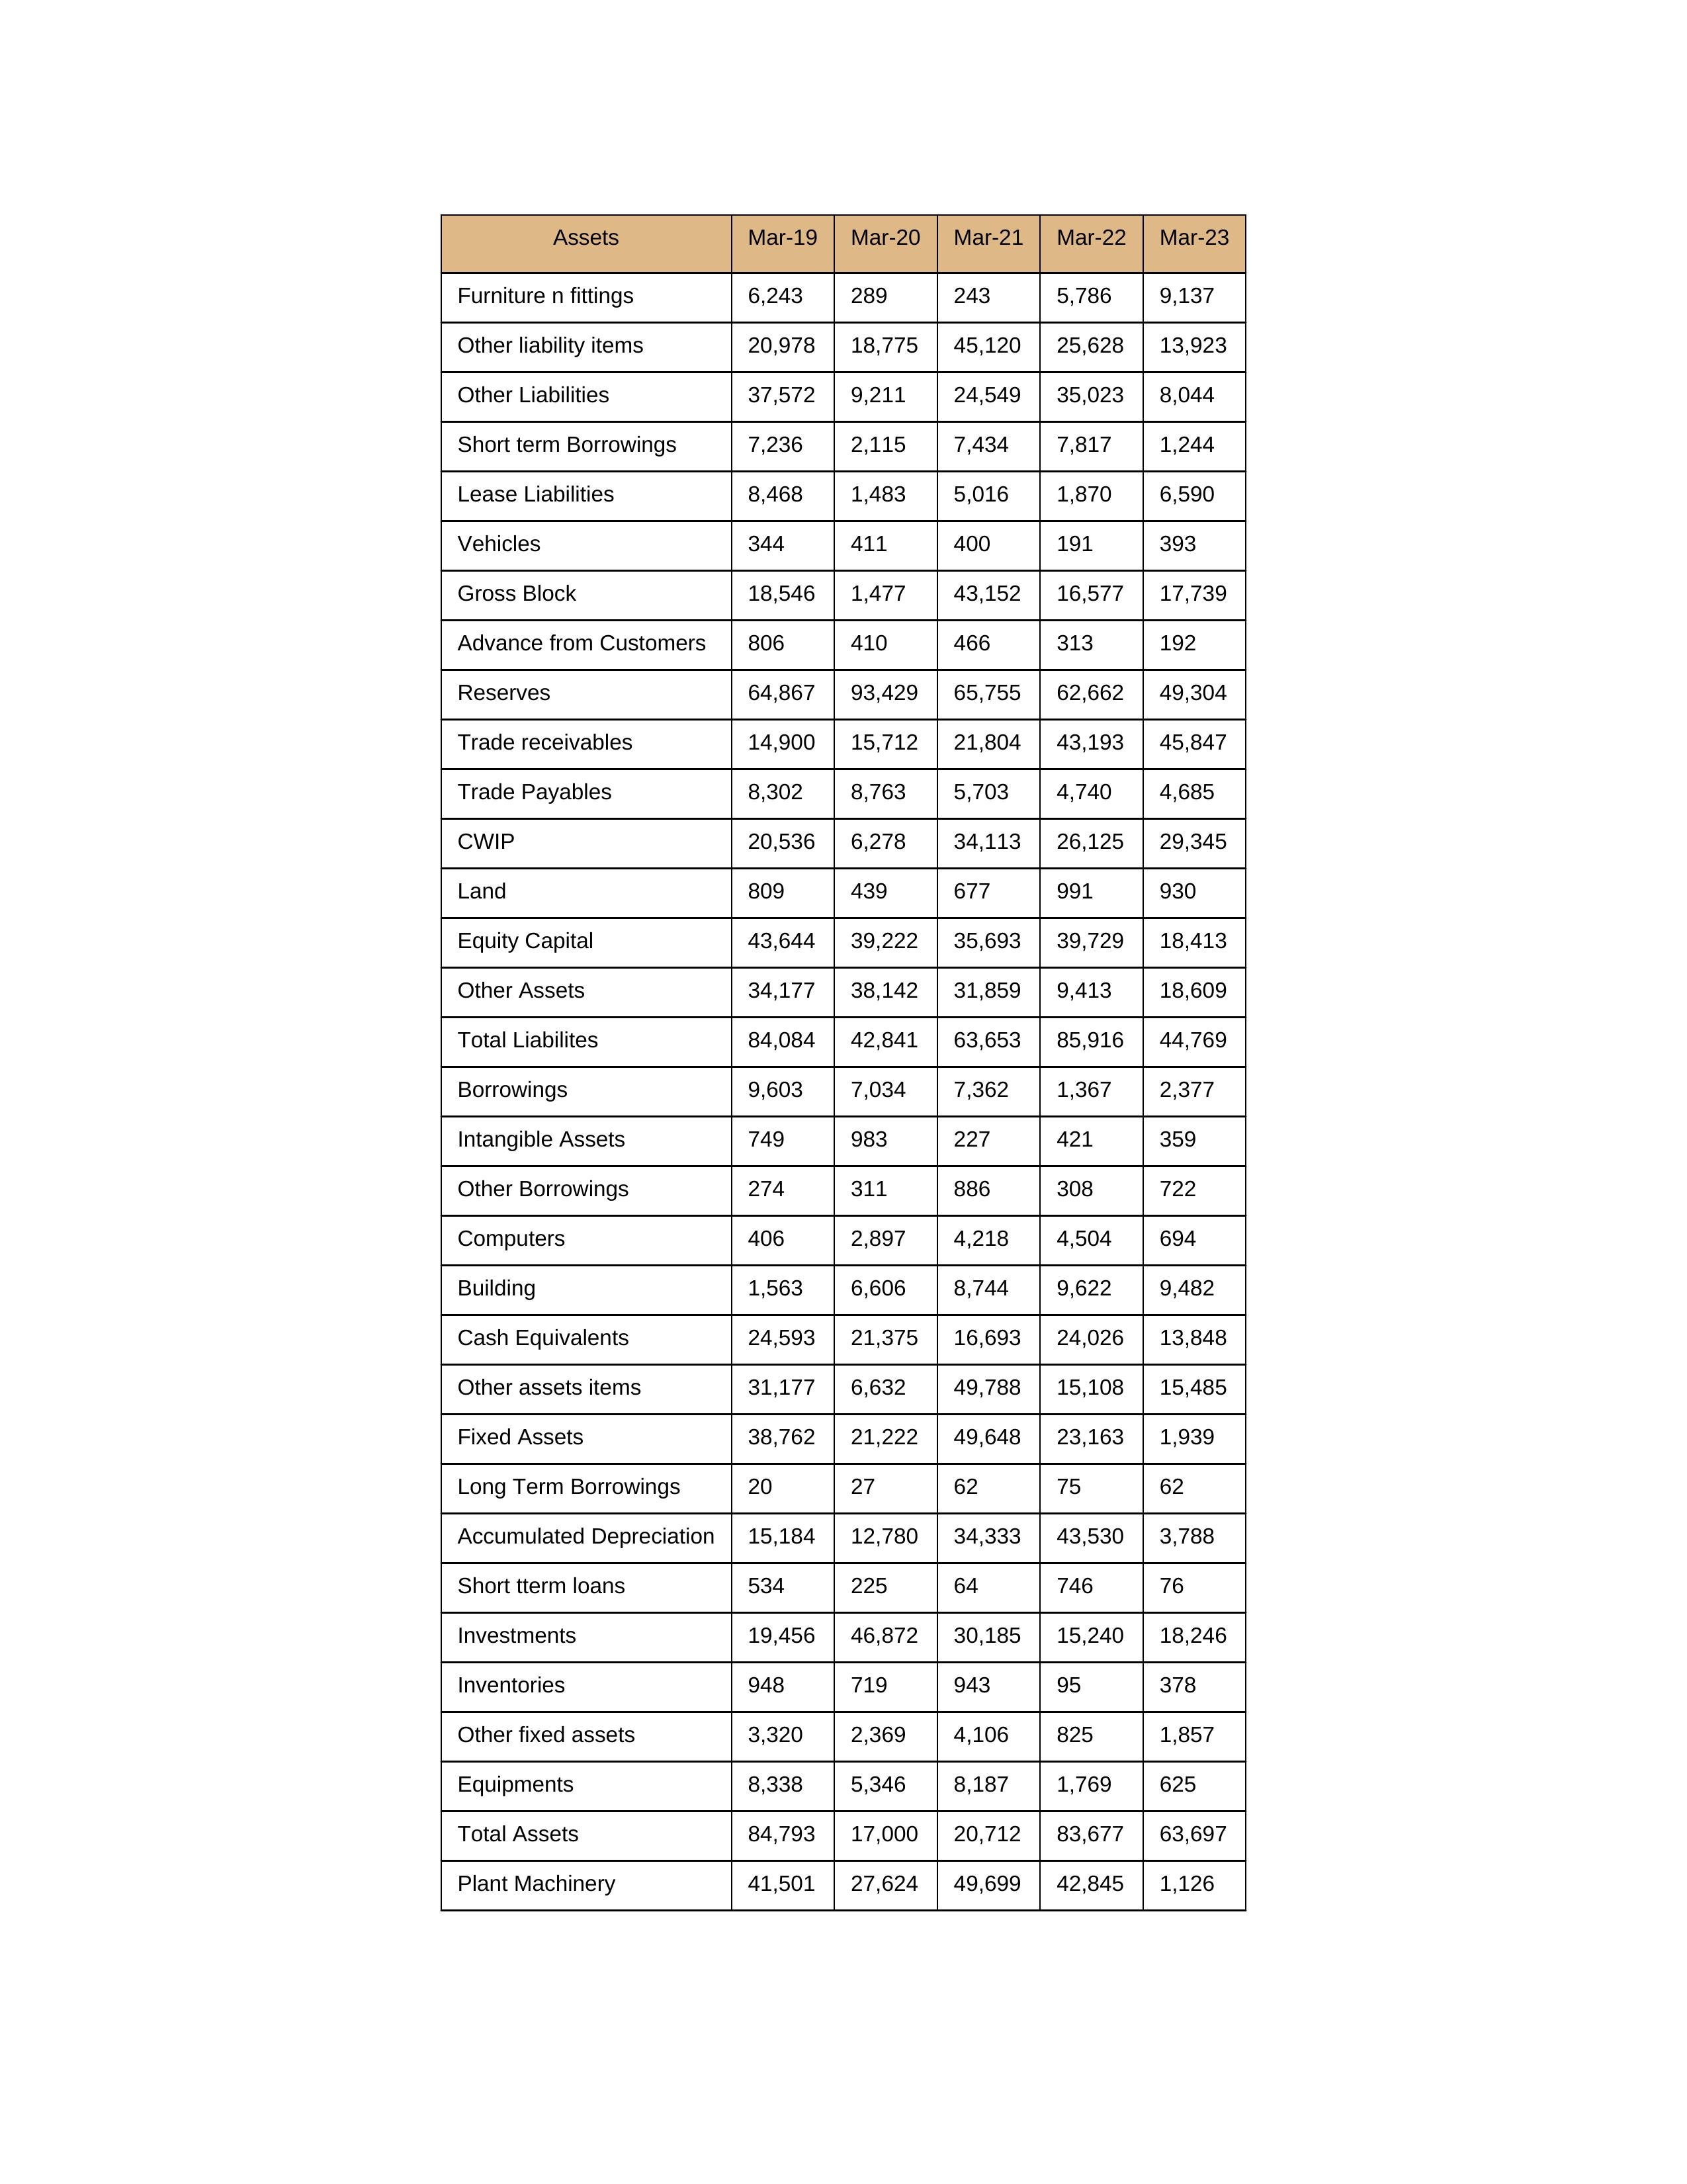
gt_parse: Mar-19: Equity Capital: 43,644
Reserves: 64,867
Borrowings: 9,603
Long Term Borrowings: 20
Short term Borrowings: 7,236
Lease Liabilities: 8,468
Other Borrowings: 274
Other Liabilities: 37,572
Trade Payables: 8,302
Advance from Customers: 806
Other liability items: 20,978
Total Liabilites: 84,084
Fixed Assets: 38,762
Land: 809
Building: 1,563
Plant Machinery: 41,501
Equipments: 8,338
Computers: 406
Furniture n fittings: 6,243
Vehicles: 344
Intangible Assets: 749
Other fixed assets: 3,320
Gross Block: 18,546
Accumulated Depreciation: 15,184
CWIP: 20,536
Investments: 19,456
Other Assets: 34,177
Inventories: 948
Trade receivables: 14,900
Cash Equivalents: 24,593
Short tterm loans: 534
Other assets items: 31,177
Total Assets: 84,793
Mar-20: Equity Capital: 39,222
Reserves: 93,429
Borrowings: 7,034
Long Term Borrowings: 27
Short term Borrowings: 2,115
Lease Liabilities: 1,483
Other Borrowings: 311
Other Liabilities: 9,211
Trade Payables: 8,763
Advance from Customers: 410
Other liability items: 18,775
Total Liabilites: 42,841
Fixed Assets: 21,222
Land: 439
Building: 6,606
Plant Machinery: 27,624
Equipments: 5,346
Computers: 2,897
Furniture n fittings: 289
Vehicles: 411
Intangible Assets: 983
Other fixed assets: 2,369
Gross Block: 1,477
Accumulated Depreciation: 12,780
CWIP: 6,278
Investments: 46,872
Other Assets: 38,142
Inventories: 719
Trade receivables: 15,712
Cash Equivalents: 21,375
Short tterm loans: 225
Other assets items: 6,632
Total Assets: 17,000
Mar-21: Equity Capital: 35,693
Reserves: 65,755
Borrowings: 7,362
Long Term Borrowings: 62
Short term Borrowings: 7,434
Lease Liabilities: 5,016
Other Borrowings: 886
Other Liabilities: 24,549
Trade Payables: 5,703
Advance from Customers: 466
Other liability items: 45,120
Total Liabilites: 63,653
Fixed Assets: 49,648
Land: 677
Building: 8,744
Plant Machinery: 49,699
Equipments: 8,187
Computers: 4,218
Furniture n fittings: 243
Vehicles: 400
Intangible Assets: 227
Other fixed assets: 4,106
Gross Block: 43,152
Accumulated Depreciation: 34,333
CWIP: 34,113
Investments: 30,185
Other Assets: 31,859
Inventories: 943
Trade receivables: 21,804
Cash Equivalents: 16,693
Short tterm loans: 64
Other assets items: 49,788
Total Assets: 20,712
Mar-22: Equity Capital: 39,729
Reserves: 62,662
Borrowings: 1,367
Long Term Borrowings: 75
Short term Borrowings: 7,817
Lease Liabilities: 1,870
Other Borrowings: 308
Other Liabilities: 35,023
Trade Payables: 4,740
Advance from Customers: 313
Other liability items: 25,628
Total Liabilites: 85,916
Fixed Assets: 23,163
Land: 991
Building: 9,622
Plant Machinery: 42,845
Equipments: 1,769
Computers: 4,504
Furniture n fittings: 5,786
Vehicles: 191
Intangible Assets: 421
Other fixed assets: 825
Gross Block: 16,577
Accumulated Depreciation: 43,530
CWIP: 26,125
Investments: 15,240
Other Assets: 9,413
Inventories: 95
Trade receivables: 43,193
Cash Equivalents: 24,026
Short tterm loans: 746
Other assets items: 15,108
Total Assets: 83,677
Mar-23: Equity Capital: 18,413
Reserves: 49,304
Borrowings: 2,377
Long Term Borrowings: 62
Short term Borrowings: 1,244
Lease Liabilities: 6,590
Other Borrowings: 722
Other Liabilities: 8,044
Trade Payables: 4,685
Advance from Customers: 192
Other liability items: 13,923
Total Liabilites: 44,769
Fixed Assets: 1,939
Land: 930
Building: 9,482
Plant Machinery: 1,126
Equipments: 625
Computers: 694
Furniture n fittings: 9,137
Vehicles: 393
Intangible Assets: 359
Other fixed assets: 1,857
Gross Block: 17,739
Accumulated Depreciation: 3,788
CWIP: 29,345
Investments: 18,246
Other Assets: 18,609
Inventories: 378
Trade receivables: 45,847
Cash Equivalents: 13,848
Short tterm loans: 76
Other assets items: 15,485
Total Assets: 63,697